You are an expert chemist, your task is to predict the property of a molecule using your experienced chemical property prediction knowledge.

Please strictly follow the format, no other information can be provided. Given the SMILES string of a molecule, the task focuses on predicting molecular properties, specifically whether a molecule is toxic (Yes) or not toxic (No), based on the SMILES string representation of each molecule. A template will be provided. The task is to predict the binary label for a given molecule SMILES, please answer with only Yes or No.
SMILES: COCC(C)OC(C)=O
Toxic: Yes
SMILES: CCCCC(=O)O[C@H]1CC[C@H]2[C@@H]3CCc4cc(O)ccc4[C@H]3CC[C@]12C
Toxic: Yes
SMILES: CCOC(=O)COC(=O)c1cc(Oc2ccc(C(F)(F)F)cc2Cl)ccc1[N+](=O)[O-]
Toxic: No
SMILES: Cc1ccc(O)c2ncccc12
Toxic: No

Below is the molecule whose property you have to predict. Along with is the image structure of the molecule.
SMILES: CC(C)c1cccc(C(C)C)c1
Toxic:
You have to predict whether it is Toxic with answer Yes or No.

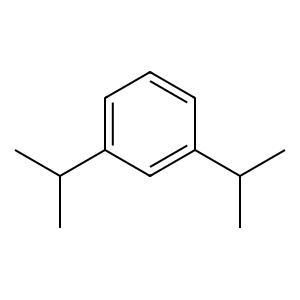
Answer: No